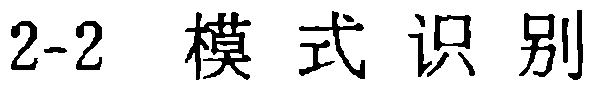
2-2 \ 模式识别